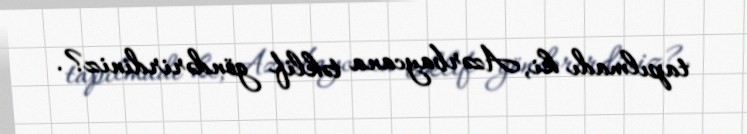
tapılmadı ki, Azərbaycana təklif göndərirdiniz?.